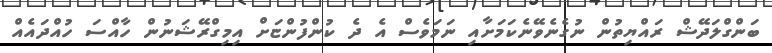
ބަންގްލަދޭޝް ރައްޔިތުން ނުގެނެވޭނެކަމަށާއި ނަމަވެސް އެ ދެ ކުންފުންޏަށް އިމިގްރޭޝަނުން ހާއްސަ ހުއްދައެއް